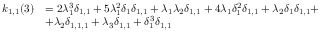
\begin{array} { r l } { k _ { 1 , 1 } ( 3 ) } & { = 2 \lambda _ { 1 } ^ { 3 } \delta _ { 1 , 1 } + 5 \lambda _ { 1 } ^ { 2 } \delta _ { 1 } \delta _ { 1 , 1 } + \lambda _ { 1 } \lambda _ { 2 } \delta _ { 1 , 1 } + 4 \lambda _ { 1 } \delta _ { 1 } ^ { 2 } \delta _ { 1 , 1 } + \lambda _ { 2 } \delta _ { 1 } \delta _ { 1 , 1 } + } \\ & { + \lambda _ { 2 } \delta _ { 1 , 1 , 1 } + \lambda _ { 3 } \delta _ { 1 , 1 } + \delta _ { 1 } ^ { 3 } \delta _ { 1 , 1 } } \end{array}